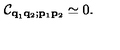
{ \cal C } _ { { \bf q } _ { 1 } { \bf q } _ { 2 } ; { \bf p } _ { 1 } { \bf p } _ { 2 } } \simeq 0 .